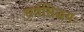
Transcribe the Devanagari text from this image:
सर्वसिद्धयः